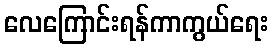
လေကြောင်းရန်ကာကွယ်ရေး